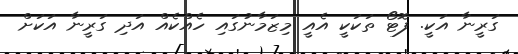
ގަރީނާ އަކީ. ފޮޓޯ ތަކަކީ އެއީ މިޒަމާނުގައި ހެއްކެއް އަދި ގަރީނާ އަކަށް